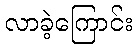
လာခဲ့ကြောင်း